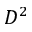
D ^ { 2 }